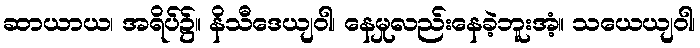
ဆာယာယ၊ အရိပ်၌။ နိသီဒေယျဝါ၊ နေမှုလည်းနေခဲ့ဘူးအံ့။ သယေယျဝါ၊